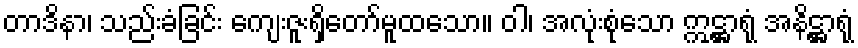
တာဒိနာ၊ သည်းခံခြင်း ကျေးဇူးရှိတော်မူထသော။ ဝါ၊ အလုံးစုံသော ဣဋ္ဌာရုံ အနိဋ္ဌာရုံ